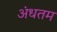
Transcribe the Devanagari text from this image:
अंधतम